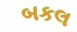
બકલ